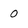
Character: 0